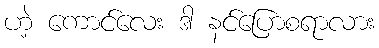
ဟဲ့ ကောင်လေး ဒါ နင်ပြောစရာလား